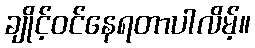
ချိုင့်ဝင်နေရတာပါလိမ့်။